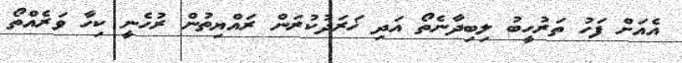
އެއަށް ފަހު ތަރުހީބު ލިބިދާނެތޯ އަދި ޚަރަދުކުރަން ރައްޔިތުން ރުހެނީ ކިހާ ވަރެއްތޯ